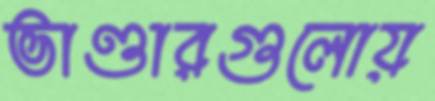
ভাণ্ডারগুলোয়